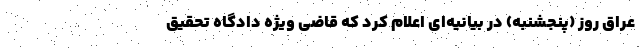
عراق روز (پنجشنبه) در بیانیه‌ای اعلام کرد که قاضی ویژه دادگاه تحقیق